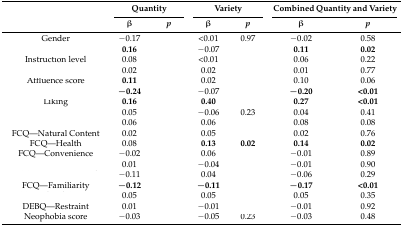
<table><thead><tr><td rowspan="2">[EMPTY_CELL]</td><td colspan="2"><b>Quantity</b></td><td colspan="2"><b>Variety</b></td><td colspan="2"><b>Combined Quantity and Variety</b></td></tr><tr><td><b>β</b></td><td><b><i>p</i></b></td><td><b>β</b></td><td><b><i>p</i></b></td><td><b>β</b></td><td><b><i>p</i></b></td></tr></thead><tbody><tr><td>Gender</td><td>−0.17</td><td>[EMPTY_CELL]</td><td>&lt;0.01</td><td>0.97</td><td>−0.02</td><td>0.58</td></tr><tr><td>[EMPTY_CELL]</td><td><b>0.16</b></td><td>[EMPTY_CELL]</td><td>−0.07</td><td>[EMPTY_CELL]</td><td><b>0.11</b></td><td><b>0.02</b></td></tr><tr><td>Instruction level</td><td>0.08</td><td>[EMPTY_CELL]</td><td>&lt;0.01</td><td>[EMPTY_CELL]</td><td>0.06</td><td>0.22</td></tr><tr><td>[EMPTY_CELL]</td><td>0.02</td><td>[EMPTY_CELL]</td><td>0.02</td><td>[EMPTY_CELL]</td><td>0.01</td><td>0.77</td></tr><tr><td>Affluence score</td><td><b>0.11</b></td><td>[EMPTY_CELL]</td><td>0.02</td><td>[EMPTY_CELL]</td><td>0.10</td><td>0.06</td></tr><tr><td>[EMPTY_CELL]</td><td><b>−0.24</b></td><td>[EMPTY_CELL]</td><td>−0.07</td><td>[EMPTY_CELL]</td><td><b>−0.20</b></td><td><b>&lt;0.01</b></td></tr><tr><td>Liking</td><td><b>0.16</b></td><td>[EMPTY_CELL]</td><td><b>0.40</b></td><td>[EMPTY_CELL]</td><td><b>0.27</b></td><td><b>&lt;0.01</b></td></tr><tr><td>[EMPTY_CELL]</td><td>0.05</td><td>[EMPTY_CELL]</td><td>−0.06</td><td>0.23</td><td>0.04</td><td>0.41</td></tr><tr><td>[EMPTY_CELL]</td><td>0.06</td><td>[EMPTY_CELL]</td><td>0.06</td><td>[EMPTY_CELL]</td><td>0.08</td><td>0.08</td></tr><tr><td>FCQ—Natural Content</td><td>0.02</td><td>[EMPTY_CELL]</td><td>0.05</td><td>[EMPTY_CELL]</td><td>0.02</td><td>0.76</td></tr><tr><td>FCQ—Health</td><td>0.08</td><td>[EMPTY_CELL]</td><td><b>0.13</b></td><td><b>0.02</b></td><td><b>0.14</b></td><td><b>0.02</b></td></tr><tr><td>FCQ—Convenience</td><td>−0.02</td><td>[EMPTY_CELL]</td><td>0.06</td><td>[EMPTY_CELL]</td><td>−0.01</td><td>0.89</td></tr><tr><td>[EMPTY_CELL]</td><td>0.01</td><td>[EMPTY_CELL]</td><td>−0.04</td><td>[EMPTY_CELL]</td><td>−0.01</td><td>0.90</td></tr><tr><td>[EMPTY_CELL]</td><td>−0.11</td><td>[EMPTY_CELL]</td><td>0.04</td><td>[EMPTY_CELL]</td><td>−0.06</td><td>0.29</td></tr><tr><td>FCQ—Familiarity</td><td><b>−0.12</b></td><td>[EMPTY_CELL]</td><td><b>−0.11</b></td><td>[EMPTY_CELL]</td><td><b>−0.17</b></td><td><b>&lt;0.01</b></td></tr><tr><td>[EMPTY_CELL]</td><td>0.05</td><td>[EMPTY_CELL]</td><td>0.05</td><td>[EMPTY_CELL]</td><td>0.05</td><td>0.35</td></tr><tr><td>DEBQ—Restraint</td><td>0.01</td><td>[EMPTY_CELL]</td><td>−0.01</td><td>[EMPTY_CELL]</td><td>−0.01</td><td>0.92</td></tr><tr><td>Neophobia score</td><td>−0.03</td><td>[EMPTY_CELL]</td><td>−0.05</td><td>0.23</td><td>−0.03</td><td>0.48</td></tr></tbody></table>